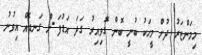
މިމަންޒަރު ދުށް މީހަކު ބުނީ ބޮން ގޮވިއިރު ގަދަ އަޑުފަ-ށް ގަނޑެއް އިވުނު